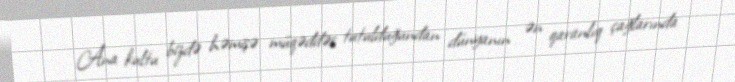
Ana kultu bizdə həmişə müqəddəs tutulduğundan dünyanın ən qaranlıq çağlarında